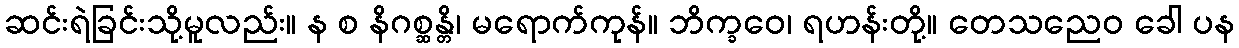
ဆင်းရဲခြင်းသို့မူလည်း။ န စ နိဂစ္ဆန္တိ၊ မရောက်ကုန်။ ဘိက္ခဝေ၊ ရဟန်းတို့။ တေသညေဝ ခေါ ပန